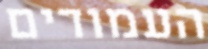
העמודים